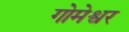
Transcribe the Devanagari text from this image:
गोमेश्वर